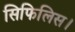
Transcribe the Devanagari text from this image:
सिफिलिस।